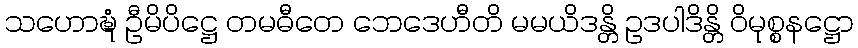
သဟောဍ္ဎံ ဦမိပိဋ္ဌေ တမဓီတေ ဘေဒေဟီတိ မမယိဒန္တိ ဥဒပါဒိန္တိ ဝိမုစ္စနဋ္ဌော